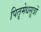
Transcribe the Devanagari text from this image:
पितृमेधसूत्रों